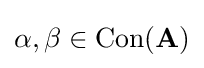
\alpha ,\beta \in \operatorname {Con} (\mathbf {A} )